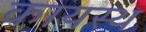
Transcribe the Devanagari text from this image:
कायस्‍थ